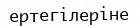
ертегілеріне